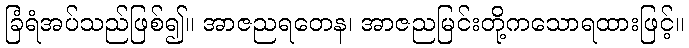
ခြံရံအပ်သည်ဖြစ်၍။ အာဇညရတေန၊ အာဇညမြင်းတို့ကသောရထားဖြင့်။